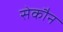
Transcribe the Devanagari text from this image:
सेकौन